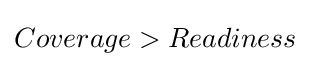
Coverage>Readiness